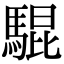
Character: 騉